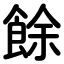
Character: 餘